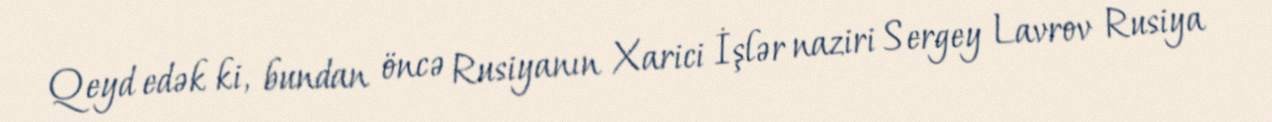
Qeyd edək ki, bundan öncə Rusiyanın Xarici İşlər naziri Sergey Lavrov Rusiya